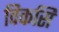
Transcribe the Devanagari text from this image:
विकसि